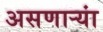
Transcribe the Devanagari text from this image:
असणाऱ्यां